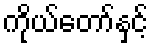
ကိုယ်တော်နှင့်